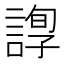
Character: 𧪂